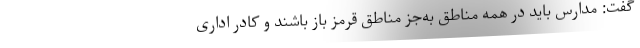
گفت:‌ مدارس باید در همه مناطق به‌جز مناطق قرمز باز باشند و کادر اداری